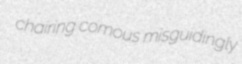
chairing comous misguidingly